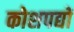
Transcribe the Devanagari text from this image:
कोशपद्यों